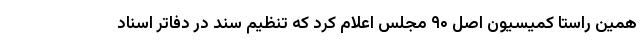
همین راستا کمیسیون اصل ۹۰ مجلس اعلام کرد که تنظیم سند در دفاتر اسناد